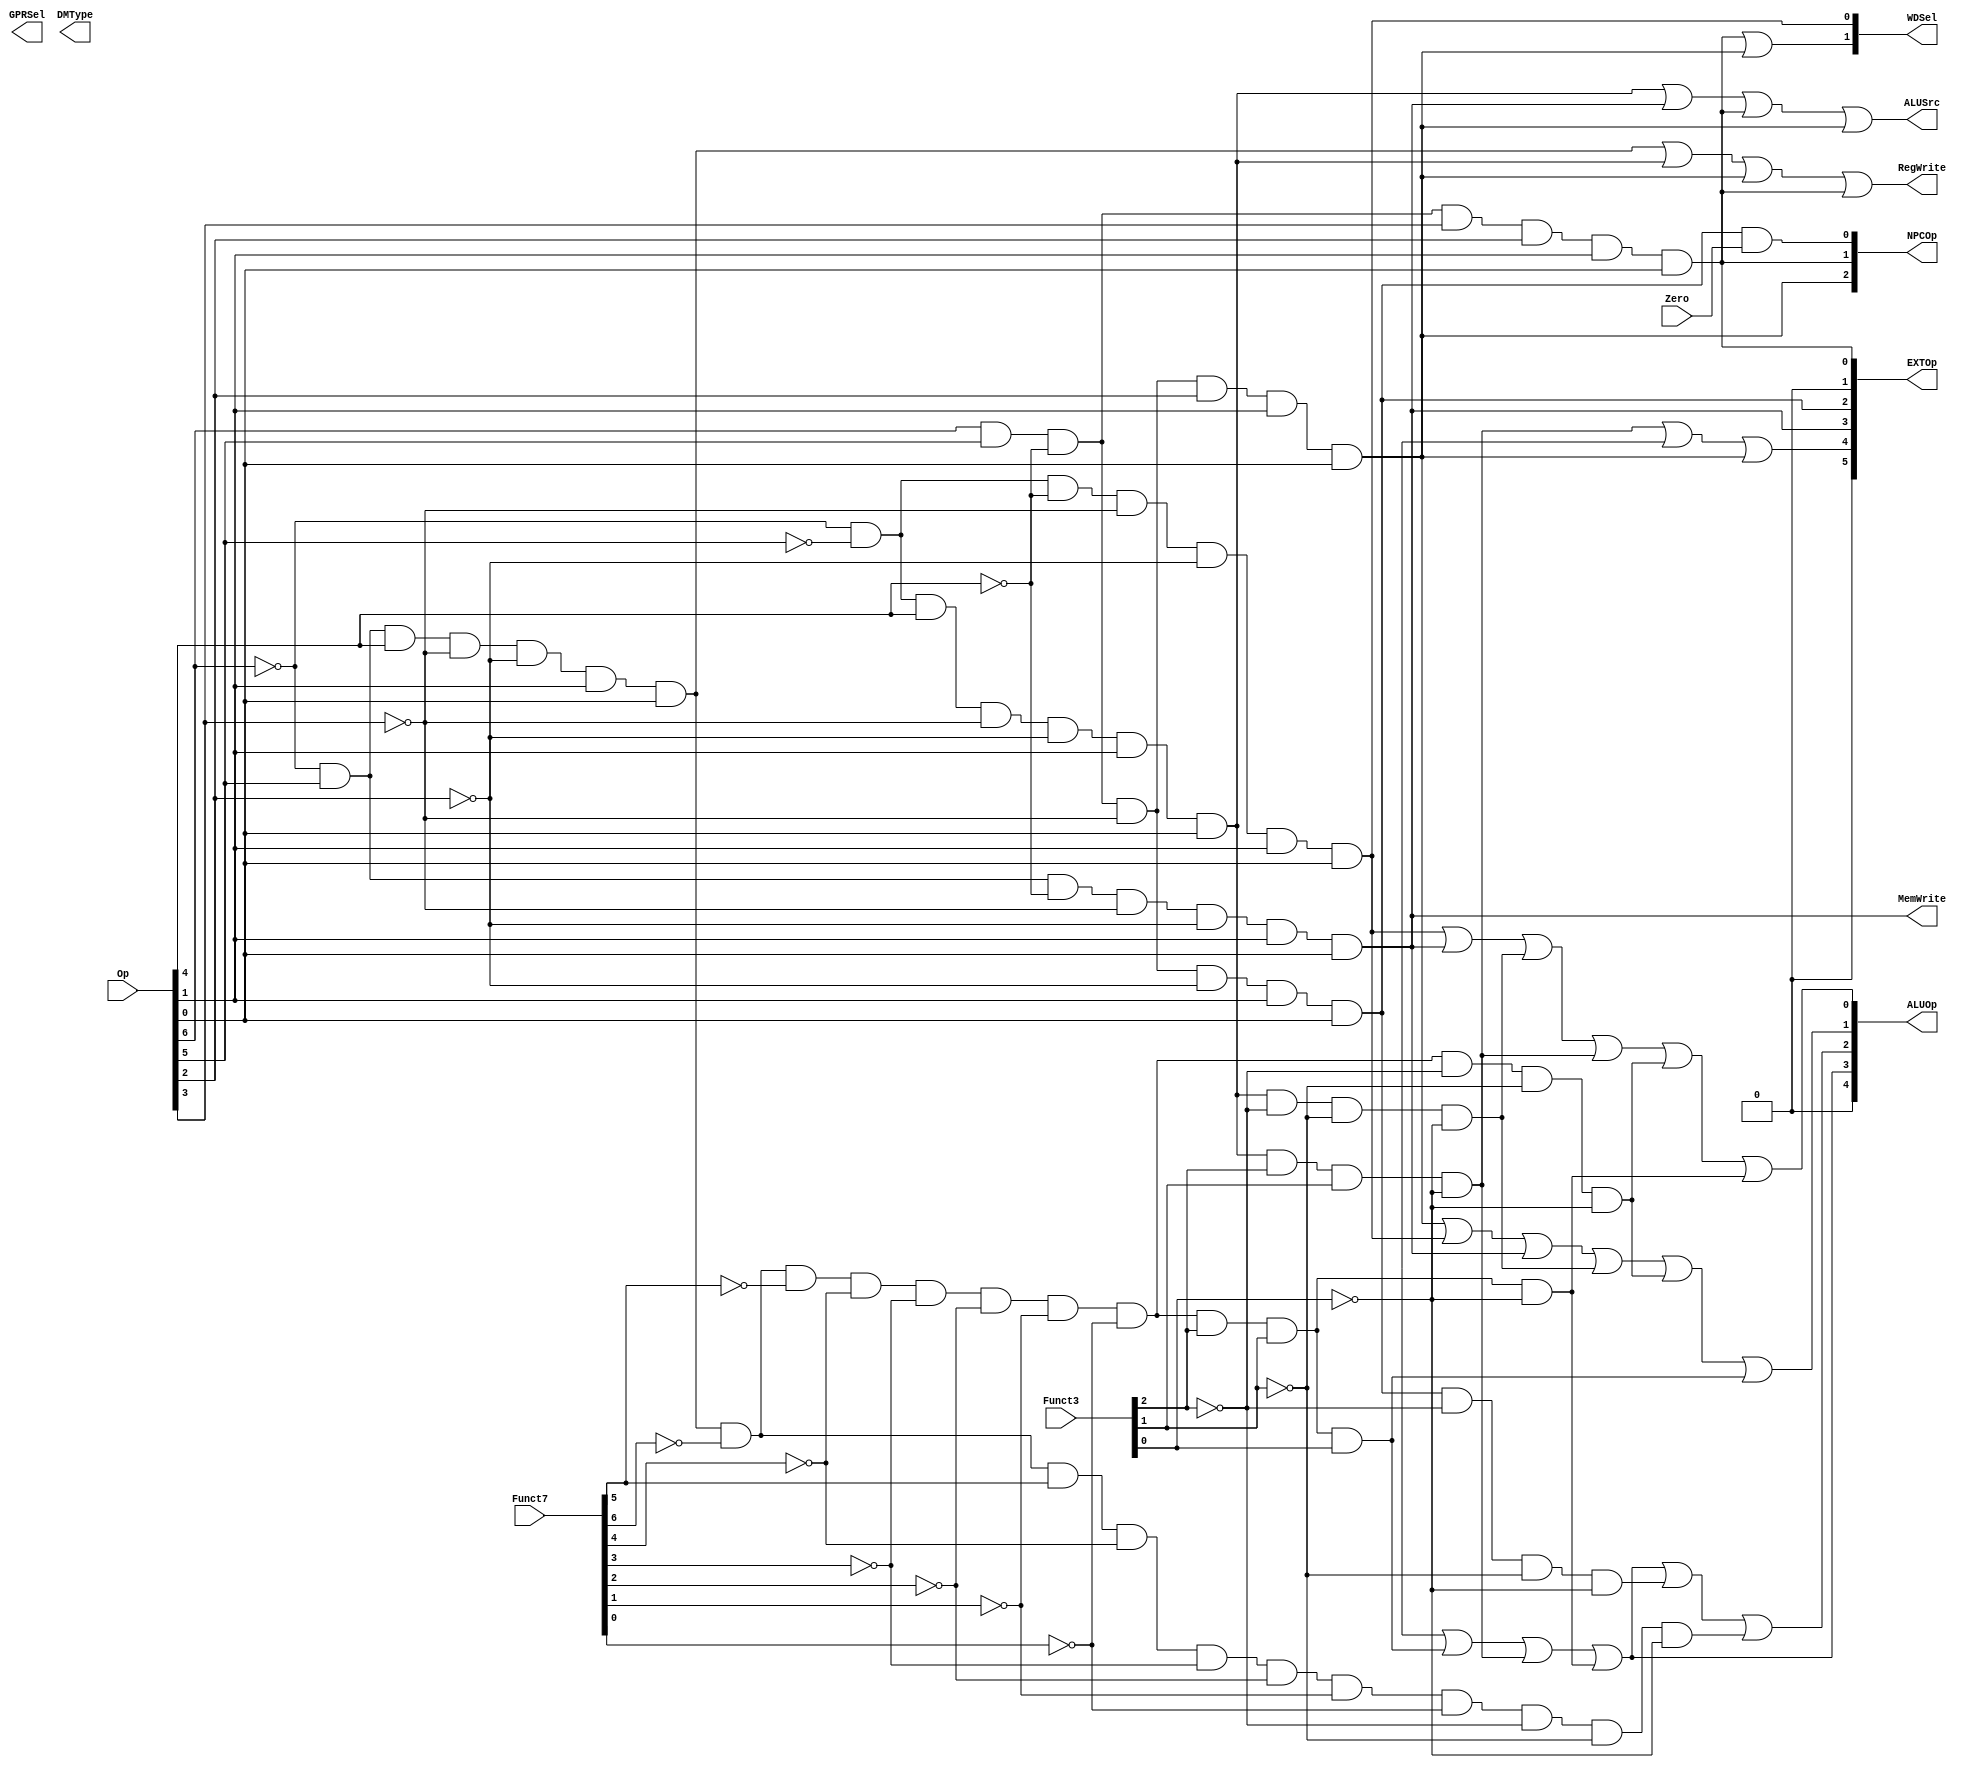
module ctrl(Op, Funct7, Funct3, Zero, 
            RegWrite, MemWrite,
            EXTOp, ALUOp, NPCOp, 
            ALUSrc, GPRSel, WDSel,DMType
            );
            
   input  [6:0] Op;       // opcode
   input  [6:0] Funct7;    // funct7
   input  [2:0] Funct3;    // funct3
   input        Zero;
   
   output       RegWrite; // control signal for register write
   output       MemWrite; // control signal for memory write
   output [5:0] EXTOp;    // control signal to signed extension
   output [4:0] ALUOp;    // ALU opertion
   output [2:0] NPCOp;    // next pc operation
   output       ALUSrc;   // ALU source for A
	output [2:0] DMType;
   output [1:0] GPRSel;   // general purpose register selection
   output [1:0] WDSel;    // (register) write data selection
   
  // r format
    wire rtype  = ~Op[6]&Op[5]&Op[4]&~Op[3]&~Op[2]&Op[1]&Op[0]; //0110011
    wire i_add  = rtype& ~Funct7[6]&~Funct7[5]&~Funct7[4]&~Funct7[3]&~Funct7[2]&~Funct7[1]&~Funct7[0]&~Funct3[2]&~Funct3[1]&~Funct3[0]; // add 0000000 000
    wire i_sub  = rtype& ~Funct7[6]& Funct7[5]&~Funct7[4]&~Funct7[3]&~Funct7[2]&~Funct7[1]&~Funct7[0]&~Funct3[2]&~Funct3[1]&~Funct3[0]; // sub 0100000 000
    wire i_or   = rtype& ~Funct7[6]&~Funct7[5]&~Funct7[4]&~Funct7[3]&~Funct7[2]&~Funct7[1]&~Funct7[0]& Funct3[2]& Funct3[1]&~Funct3[0]; // or 0000000 110
    wire i_and  = rtype& ~Funct7[6]&~Funct7[5]&~Funct7[4]&~Funct7[3]&~Funct7[2]&~Funct7[1]&~Funct7[0]& Funct3[2]& Funct3[1]& Funct3[0]; // and 0000000 111
 

 // i format
   wire itype_l  = ~Op[6]&~Op[5]&~Op[4]&~Op[3]&~Op[2]&Op[1]&Op[0]; //0000011

// i format
    wire itype_r  = ~Op[6]&~Op[5]&Op[4]&~Op[3]&~Op[2]&Op[1]&Op[0]; //0010011
    wire i_addi  =  itype_r& ~Funct3[2]& ~Funct3[1]& ~Funct3[0]; // addi 000
    wire i_ori  =  itype_r& Funct3[2]& Funct3[1]&~Funct3[0]; // ori 110
	
 //jalr
	wire i_jalr =Op[6]&Op[5]&~Op[4]&~Op[3]&Op[2]&Op[1]&Op[0];//jalr 1100111

  // s format
   wire stype  = ~Op[6]&Op[5]&~Op[4]&~Op[3]&~Op[2]&Op[1]&Op[0];//0100011
   wire i_sw   =  stype& ~Funct3[2]& Funct3[1]&~Funct3[0]; // sw 010

  // sb format
   wire sbtype  = Op[6]&Op[5]&~Op[4]&~Op[3]&~Op[2]&Op[1]&Op[0];//1100011
   wire i_beq  = sbtype& ~Funct3[2]& ~Funct3[1]&~Funct3[0]; // beq
	
 // j format
   wire i_jal  = Op[6]& Op[5]&~Op[4]& Op[3]& Op[2]& Op[1]& Op[0];  // jal 1101111

  // generate control signals
 assign RegWrite   = rtype | itype_r | i_jalr | i_jal; // register write
  assign MemWrite   = stype;                           // memory write
  assign ALUSrc     = itype_r | stype | i_jal | i_jalr;   // ALU B is from instruction immediate

  // signed extension
  // EXT_CTRL_ITYPE_SHAMT 6'b100000
  // EXT_CTRL_ITYPE	      6'b010000
  // EXT_CTRL_STYPE	      6'b001000
  // EXT_CTRL_BTYPE	      6'b000100
  // EXT_CTRL_UTYPE	      6'b000010
  // EXT_CTRL_JTYPE	      6'b000001
  assign EXTOp[5] = 0;
  assign EXTOp[4]    =  i_ori | i_andi | i_jalr;  
  assign EXTOp[3]    = stype; 
  assign EXTOp[2]    = sbtype; 
  assign EXTOp[1]    = 0;   
  assign EXTOp[0]    = i_jal;         


  
  
  // WDSel_FromALU 2'b00
  // WDSel_FromMEM 2'b01
  // WDSel_FromPC  2'b10 
  assign WDSel[0] = itype_l;
  assign WDSel[1] = i_jal | i_jalr;

  // NPC_PLUS4   3'b000
  // NPC_BRANCH  3'b001
  // NPC_JUMP    3'b010
  // NPC_JALR	3'b100
  assign NPCOp[0] = sbtype & Zero;
  assign NPCOp[1] = i_jal;
	assign NPCOp[2]=i_jalr;
  

 
	assign ALUOp[0] = itype_l|stype|i_addi|i_ori|i_add|i_or;
	assign ALUOp[1] = i_jalr|itype_l|stype|i_addi|i_add|i_and;
	assign ALUOp[2] = i_andi|i_and|i_ori|i_or|i_beq|i_sub;
	assign ALUOp[3] = i_andi|i_and|i_ori|i_or;
	assign ALUOp[4] = 0;

endmodule